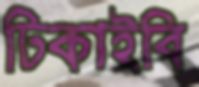
ঢিকাইবি